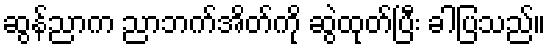
ဆွန်ညာက ညာဘက်အိတ်ကို ဆွဲထုတ်ပြီး ခါပြသည်။